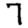
Digit: 7